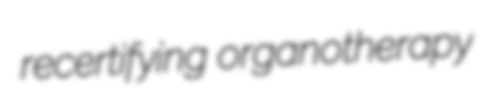
recertifying organotherapy